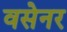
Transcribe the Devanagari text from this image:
वसेनर